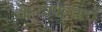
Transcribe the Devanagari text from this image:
चट्ट्यापट्टयाचे